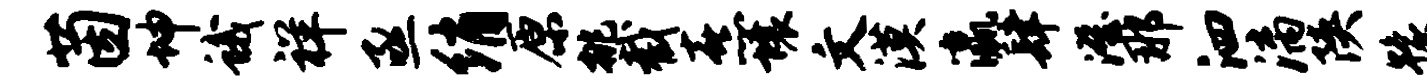
茵坤蛾祥亟绡原挑截熹壤文漠瀛肆澄那泗漓陕豫